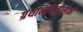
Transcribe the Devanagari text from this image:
ग्रंथनिर्मितीसाठी